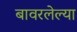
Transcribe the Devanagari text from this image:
बावरलेल्या